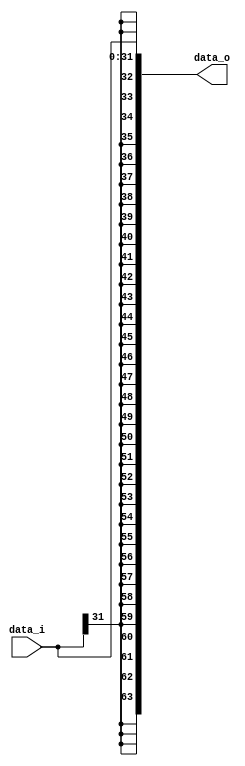

module Sign_Extend2(
    data_i,
    data_o
    );

//I/O ports
input   [32-1:0] data_i;
output  [64-1:0] data_o;

//Internal Signals
reg     [64-1:0] data_o;

always@(*) begin
//Sign extended
    data_o={{32{data_i[31]}},data_i};
end
endmodule